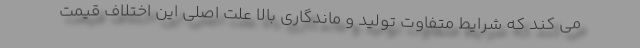
می کند که شرایط متفاوت تولید و ماندگاری بالا علت اصلی این اختلاف قیمت